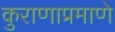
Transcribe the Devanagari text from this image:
कुराणाप्रमाणे